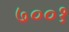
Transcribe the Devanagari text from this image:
७००१